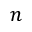
n